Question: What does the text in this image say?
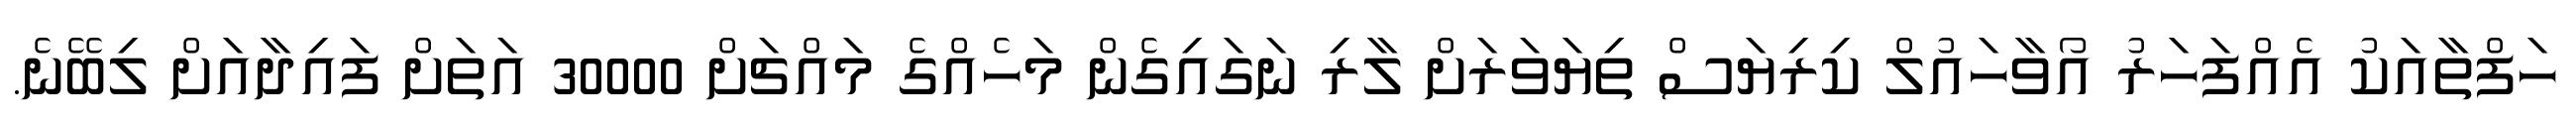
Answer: ހަފްތާއަކު އެއްފަހަރު އޯވާހައުލް ކިރިޔަސް ތިޔަވަރަށް ލާރި ނަގައިގެން މަހެއްގެ މައްޗަށް 30000 އަތަށް ފައިދާއަށް ލިބޭނެ.